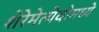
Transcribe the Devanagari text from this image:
शेरेमेत्येवोमध्ये